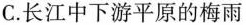
C.长江中下游平原的梅雨